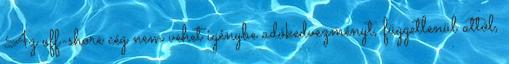
Az off-shore cég nem vehet igénybe adókedvezményt, függetlenül attól,